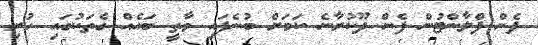
ފެން ޕްލާންޓުން ފެން ދޫކުރާނެ ކަމަށް ބުނެފައި ވާތީ ބައެއް ގެތަކުގައި ހުރި